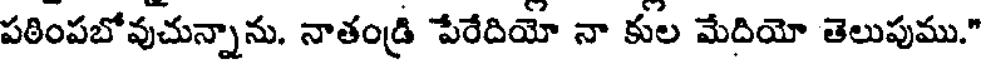
పఠింపబోవుచున్నాను. నాతండ్రి పేరేదియో నా కుల మేదియో తెలుపుము."